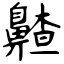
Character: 齄